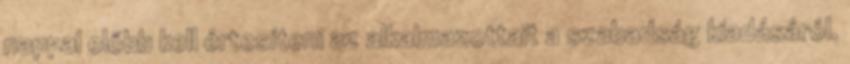
nappal előbb kell értesíteni az alkalmazottait a szabadság kiadásáról.